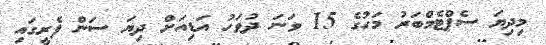
މިދިޔަ ސެޕްޓެމްބަރު މަހުގެ 15 ވަނަ ދުވަހު އަޑިއަށް ދިޔަ ސަން ފެރީގައި